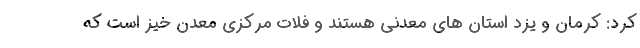
کرد: کرمان و یزد استان های معدنی هستند و فلات مرکزی معدن خیز است که